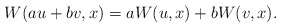
\begin{align*}W(au+bv,x)=aW(u,x)+bW(v,x).\end{align*}